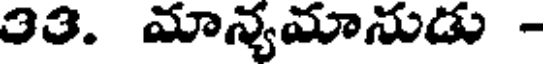
33. మాన్యమానుడు -